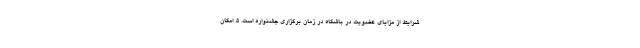
شرایط از مزایای عضویت در باشگاه در زمان برگزاری جشنواره است. ۵. امکان